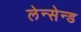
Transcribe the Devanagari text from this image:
लेन्सेन्ड